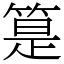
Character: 䈕